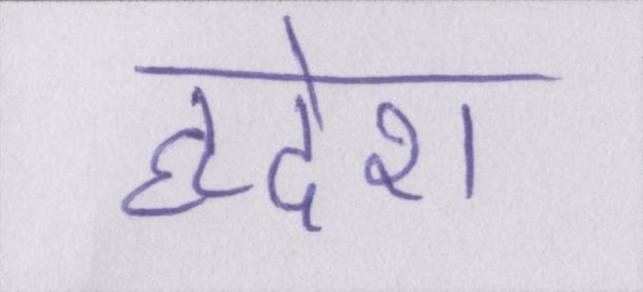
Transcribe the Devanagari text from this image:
हृदेश